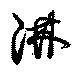
淋